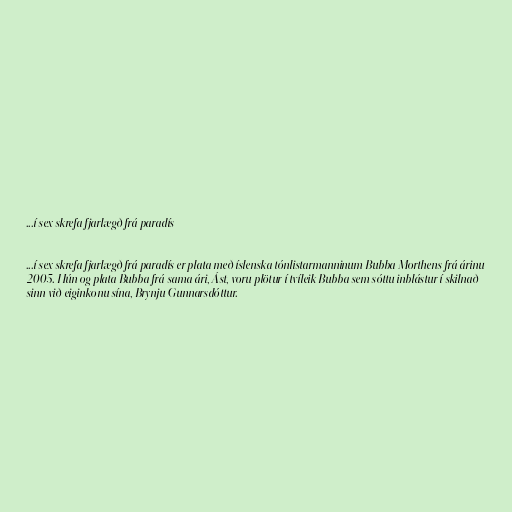
...í sex skrefa fjarlægð frá paradís

...í sex skrefa fjarlægð frá paradís er plata með íslenska tónlistarmanninum Bubba Morthens frá árinu
2005. Hún og plata Bubba frá sama ári, Ást, voru plötur í tvíleik Bubba sem sóttu inblástur í skilnað
sinn við eiginkonu sína, Brynju Gunnarsdóttur.